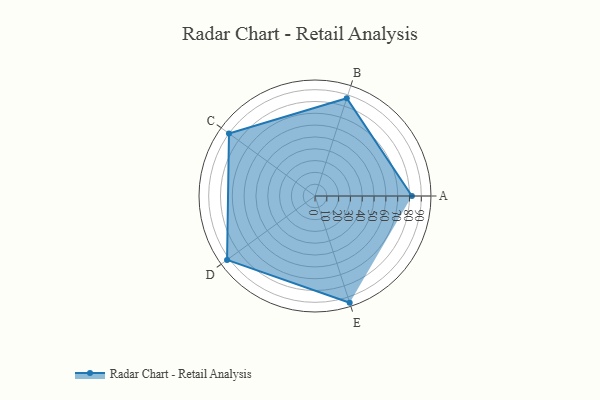
{"axis": {"x": "Skill", "y": "Score"}, "legend": ["Profile"], "data": [{"x": "A", "y": 82.0, "type": "Profile"}, {"x": "B", "y": 87.0, "type": "Profile"}, {"x": "C", "y": 90.0, "type": "Profile"}, {"x": "D", "y": 92.0, "type": "Profile"}, {"x": "E", "y": 95.0, "type": "Profile"}]}